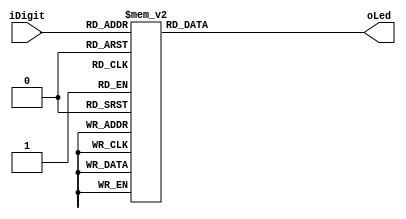
module display7(
    input [3:0] iDigit,
    output reg[6:0] oLed
    );
    always @(*)
    begin
      case(iDigit)
            4'b0000: oLed<=7'b1000000;
            4'b0001: oLed<=7'b1111001;
            4'b0010: oLed<=7'b0100100;
            4'b0011: oLed<=7'b0110000;
            4'b0100: oLed<=7'b0011001;
            4'b0101: oLed<=7'b0010010;
            4'b0110: oLed<=7'b0000010;
            4'b0111: oLed<=7'b1111000;
            4'b1000: oLed<=7'b0000000;
            4'b1001: oLed<=7'b0010000;
            4'b1010: oLed<=7'b1110111;//
            4'b1011: oLed<=7'b0111111;//
            4'b1100: oLed<=7'b1111110;//
            default: oLed<=7'b1111111;
        endcase
    end
endmodule